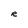
Character: R